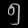
Digit: ၅